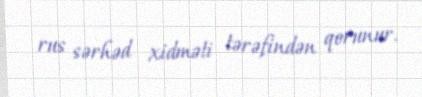
rus sərhəd xidməti tərəfindən qorunur.